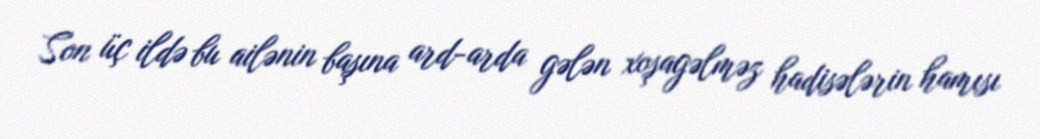
Son üç ildə bu ailənin başına ard-arda gələn xoşagəlməz hadisələrin hamısı